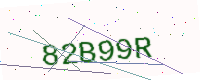
Text: 82B99R